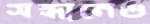
সন্ধানেও